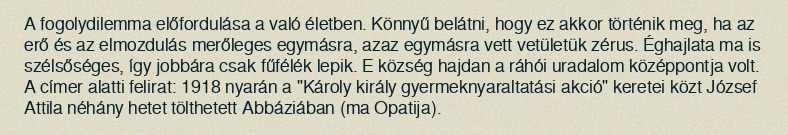
A fogolydilemma előfordulása a való életben. Könnyű belátni, hogy ez akkor történik meg, ha az erő és az elmozdulás merőleges egymásra, azaz egymásra vett vetületük zérus. Éghajlata ma is szélsőséges, így jobbára csak fűfélék lepik. E község hajdan a ráhói uradalom középpontja volt. A címer alatti felirat: 1918 nyarán a "Károly király gyermeknyaraltatási akció" keretei közt József Attila néhány hetet tölthetett Abbáziában (ma Opatija).